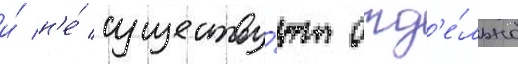
и́ н'е́ существу́ют отд'е́льно